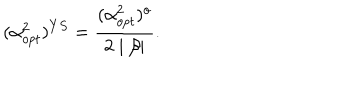
( \alpha _ { o p t } ^ { 2 } ) ^ { Y S } = \frac { ( \alpha _ { o p t } ^ { 2 } ) ^ { o } } { 2 \mid \beta \mid } .